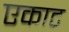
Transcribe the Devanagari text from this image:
एकाट